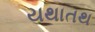
યથાતથ